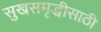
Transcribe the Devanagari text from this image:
सुखसमृद्धीसाठी